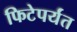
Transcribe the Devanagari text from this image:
फिटेपर्यंत